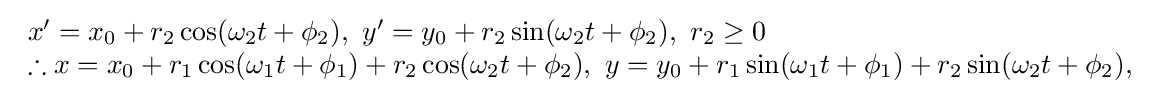
{\begin{array}{lcl}x'=x_{0}+r_{2}\cos(\omega _{2}t+\phi _{2}),\ y'=y_{0}+r_{2}\sin(\omega _{2}t+\phi _{2}),\ r_{2}\geq 0\\\therefore x=x_{0}+r_{1}\cos(\omega _{1}t+\phi _{1})+r_{2}\cos(\omega _{2}t+\phi _{2}),\ y=y_{0}+r_{1}\sin(\omega _{1}t+\phi _{1})+r_{2}\sin(\omega _{2}t+\phi _{2}),\\\end{array}}